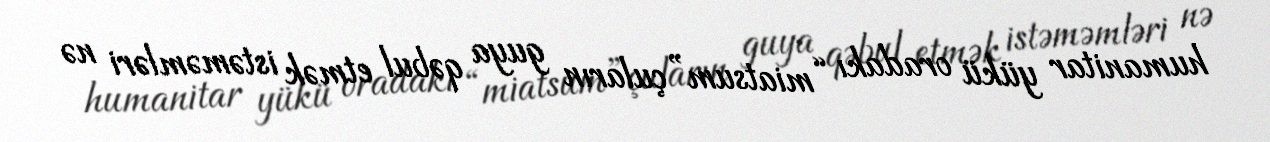
humanitar yükü oradakı “miatsum”çuların guya qəbul etmək istəməmləri nə